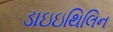
ડાઇઇથિલિન